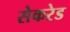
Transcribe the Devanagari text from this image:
सेकरेड